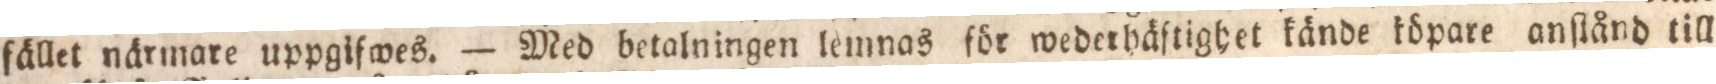
fället närmare uppgifwes. — Med betalningen lemnas för wedethäſtighet kände köpare anſtånd till